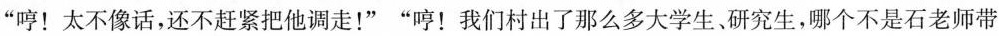
“哼”太不像话，还不赶紧把他走！””哼！我们村出了那么多大学生出、研究生，哪个不是石老师那样带